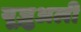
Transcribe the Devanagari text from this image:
यूज़ुअली